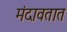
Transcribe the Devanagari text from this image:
मंदावतात